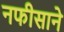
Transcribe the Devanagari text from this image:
नफीसाने